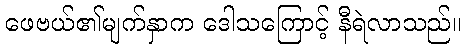
ဖေဗယ်၏မျက်နှာက ဒေါသကြောင့် နီရဲလာသည်။